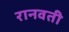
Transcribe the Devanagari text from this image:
रानवती